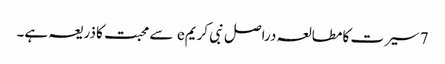
7 سیرت کا مطالعہ دراصل نبی کریمe سے محبت کا ذریعہ ہے۔